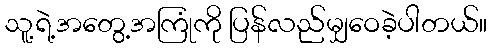
သူ့ရဲ့အတွေ့အကြုံကို ပြန်လည်မျှဝေခဲ့ပါတယ်။